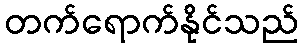
တက်ရောက်နိုင်သည်